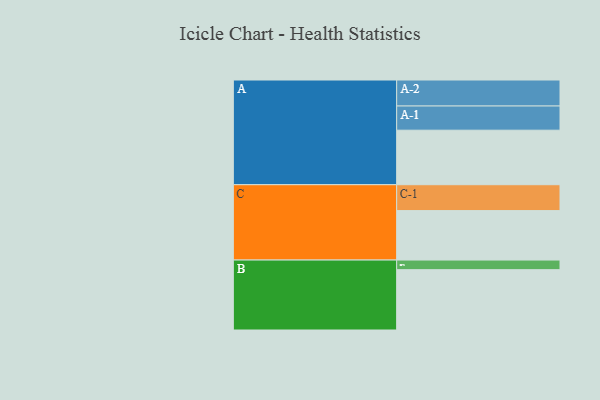
{"axis": {"x": "Segment", "y": "Value"}, "legend": ["", "A", "B", "C"], "data": [{"x": "A", "y": 516, "type": ""}, {"x": "B", "y": 571, "type": ""}, {"x": "C", "y": 468, "type": ""}, {"x": "A-1", "y": 229, "type": "A"}, {"x": "A-2", "y": 246, "type": "A"}, {"x": "B-1", "y": 91, "type": "B"}, {"x": "C-1", "y": 245, "type": "C"}]}